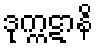
ဒုက္ကဋာနိ